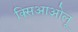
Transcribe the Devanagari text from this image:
क्सिआओलू